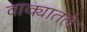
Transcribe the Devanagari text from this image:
वाक्यातले